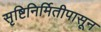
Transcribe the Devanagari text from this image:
सृष्टिनिर्मितीपासून